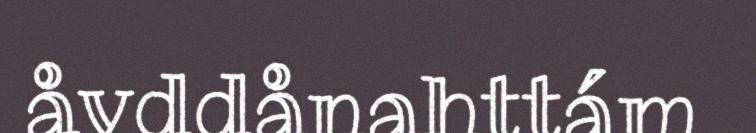
åvddånahttám